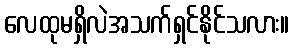
လေထုမရှိလဲအသက်ရှင်နိုင်သလား။